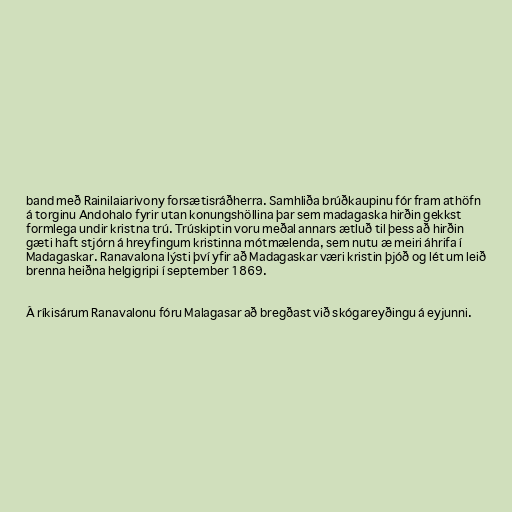
band með Rainilaiarivony forsætisráðherra. Samhliða brúðkaupinu fór fram athöfn
á torginu Andohalo fyrir utan konungshöllina þar sem madagaska hirðin gekkst
formlega undir kristna trú. Trúskiptin voru meðal annars ætluð til þess að hirðin
gæti haft stjórn á hreyfingum kristinna mótmælenda, sem nutu æ meiri áhrifa í
Madagaskar. Ranavalona lýsti því yfir að Madagaskar væri kristin þjóð og lét um leið
brenna heiðna helgigripi í september 1869.

Á ríkisárum Ranavalonu fóru Malagasar að bregðast við skógareyðingu á eyjunni.